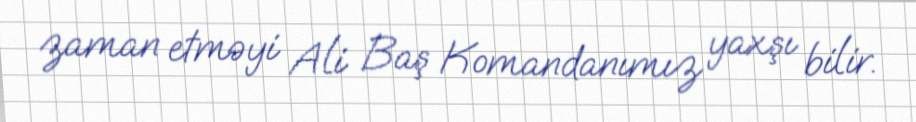
zaman etməyi Ali Baş Komandanımız yaxşı bilir.